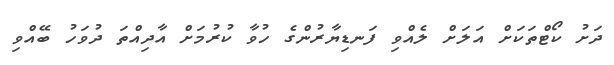
ދަށު ކޯޓްތަކަށް އަލަށް ލެއްވި ފަނޑިޔާރުންގެ ހުވާ ކުރުމަށް އާދިއްތަ ދުވަހު ބޭއްވި